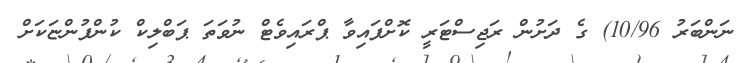
ނަންބަރު 10/96) ގެ ދަށުން ރަޖިސްޓަރީ ކޮށްފައިވާ ޕްރައިވެޓް ނުވަތަ ޕަބްލިކް ކުންފުންޏަކަށް